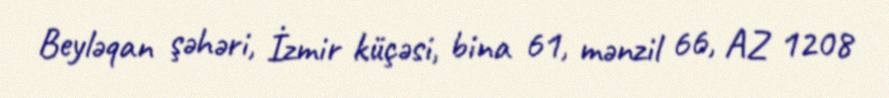
Beyləqan şəhəri, İzmir küçəsi, bina 61, mənzil 66, AZ 1208